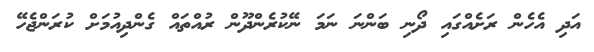
އަދި އެހެން ރަށެއްގައި ދޯނި ބަންނަ ނަމަ ނޭކުރެންދޫން ރުއްތައް ގެންދިއުމަށް ކުރަންޖެހޭ